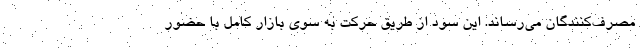
مصرف‌کنندگان می‌رساند. این سود از طریق حرکت به سوی بازار کامل با حضور